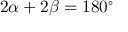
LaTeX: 2 \alpha + 2 \beta = 1 8 0 ^ { \circ }